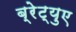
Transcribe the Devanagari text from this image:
ब्रेट्युए